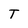
Character: T